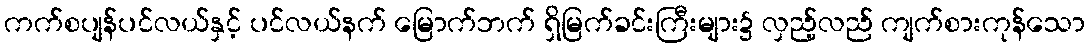
ကက်စပျန်ပင်လယ်နှင့် ပင်လယ်နက် မြောက်ဘက် ရှိမြက်ခင်းကြီးများ၌ လှည့်လည် ကျက်စားကုန်သော